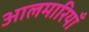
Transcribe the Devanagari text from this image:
आलमारियाँ